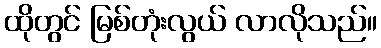
ထိုတွင် မြစ်တုံးလွယ် လာလိုသည်။